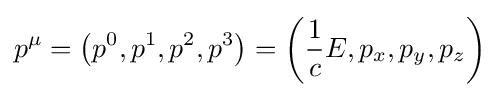
p^{\mu }=\left(p^{0},p^{1},p^{2},p^{3}\right)=\left({\frac {1}{c}}E,p_{x},p_{y},p_{z}\right)